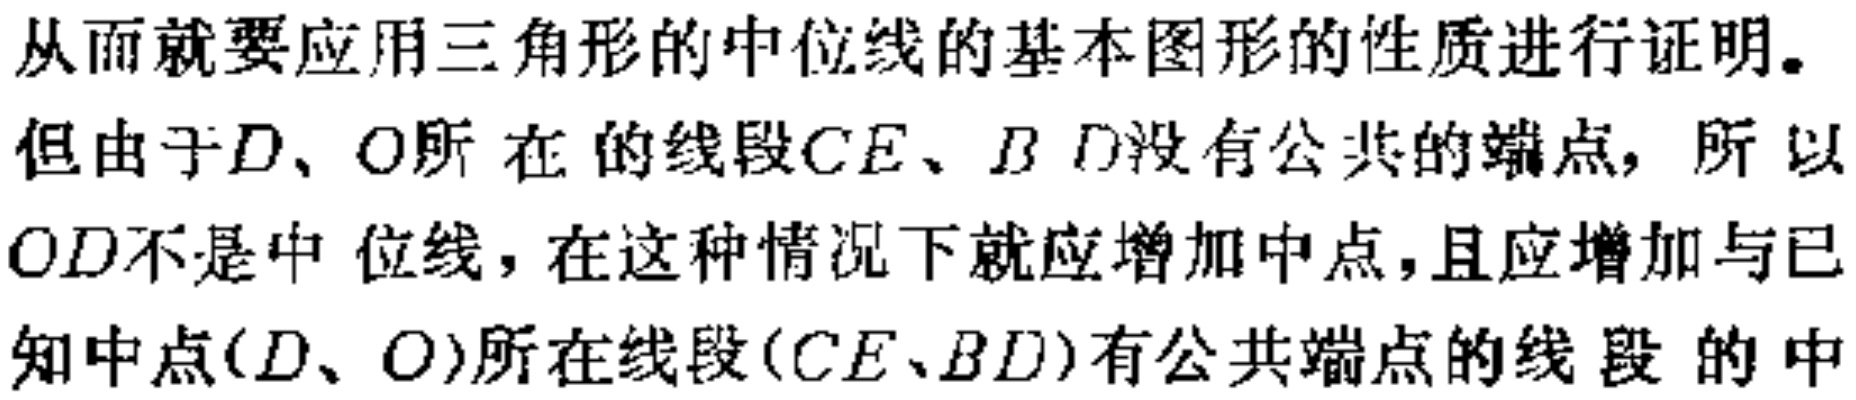
从而就要应用三角形的中位线的基本图形的性质进行证明。但由于\(D、O\)所在的线段\(CE、BD\)没有公共的端点，所以\(OD\)不是中位线，在这种情况下就应增加中点，且应增加与已知中点\((D、O)\)所在线段\((CE、BD)\)有公共端点的线段的中